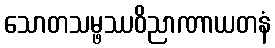
သောတသမ္ဖဿဝိညာဏာယတနံ